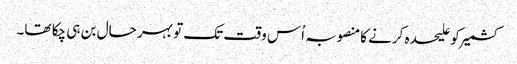
کشمیر کو علیحدہ کرنے کامنصوبہ اُس وقت تک تو بہر حال بن ہی چکا تھا۔